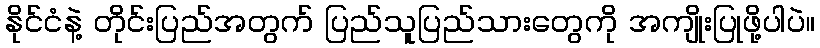
နိုင်ငံနဲ့ တိုင်းပြည်အတွက် ပြည်သူပြည်သားတွေကို အကျိုးပြုဖို့ပါပဲ။